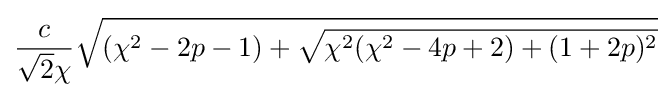
{\frac {c}{{\sqrt {2}}\chi }}{\sqrt {(\chi ^{2}-2p-1)+{\sqrt {\chi ^{2}(\chi ^{2}-4p+2)+(1+2p)^{2}}}}}